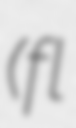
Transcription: (fl